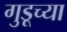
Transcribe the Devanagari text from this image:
गुडूच्या